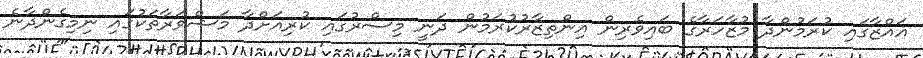
ޣައްޒާގައި ކުރަމުންދާ މުޒާހަރާގެ ބައިވެރިން އިންތިޒާރުކުރަމުން ދަނީ މިސްރުގައި ކުރިއަށްދާ މަޝްވަރާތަކުގައި ނިމިގެންދާނެ